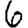
Digit: 6